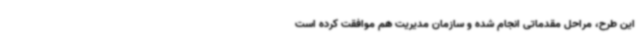
این طرح، مراحل مقدماتی انجام شده و سازمان مدیریت هم موافقت کرده است